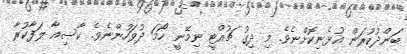
ބަންދުކުރަން އުޅެނިކޮށްނެވެ. މި ދިގު ޗުއްޓީ ނިމޭނީ ހޯމަ ދުވަހުންނެވެ. ކާސިއާ ލަފާކުރާ